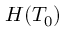
H ( T _ { 0 } )